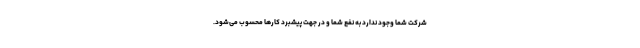
شرکت شما وجود ندارد به نفع شما و در جهت پیشبرد کارها محسوب می‌شود.